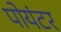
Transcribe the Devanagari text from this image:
पोयंटर